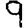
Digit: 9